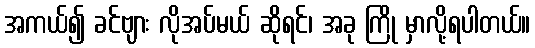
အကယ်၍ ခင်ဗျား လိုအပ်မယ် ဆိုရင်၊ အခု ကြို မှာလို့ရပါတယ်။